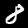
Digit: 8